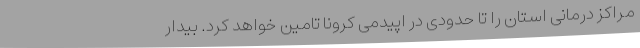
مراکز درمانی استان را تا حدودی در اپیدمی کرونا تامین خواهد کرد. بیدار